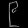
Digit: ၉